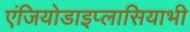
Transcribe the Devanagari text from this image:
एंजियोडाइप्लासियाभी